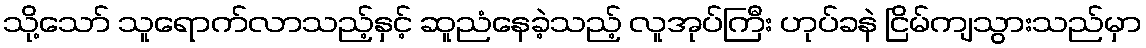
သို့သော် သူရောက်လာသည့်နှင့် ဆူညံနေခဲ့သည့် လူအုပ်ကြီး ဟုပ်ခနဲ ငြိမ်ကျသွားသည်မှာ